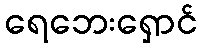
ရေဘေးရှောင်